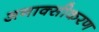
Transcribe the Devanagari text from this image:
अनाक्सीकरण